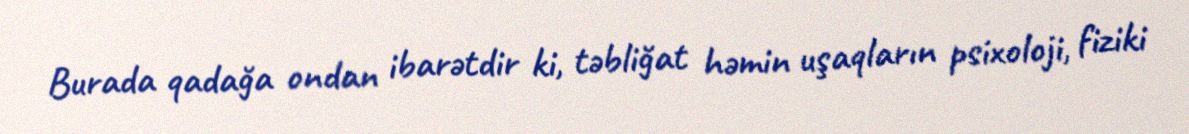
Burada qadağa ondan ibarətdir ki, təbliğat həmin uşaqların psixoloji, fiziki